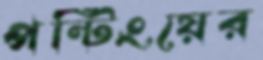
পন্টিংয়ের